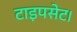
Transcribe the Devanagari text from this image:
टाइपसेट।